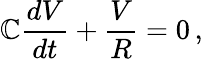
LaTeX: \mathbb{C}{\frac{{dV}}{{dt}}}+{\frac{{V}}{{R}}}=0\, ,